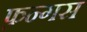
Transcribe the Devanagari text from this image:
फ़न्गस